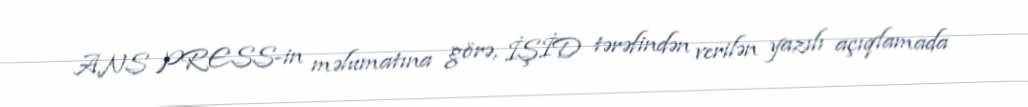
ANS PRESS-in məlumatına görə, İŞİD tərəfindən verilən yazılı açıqlamada